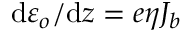
\mathrm { d } \varepsilon _ { o } / \mathrm { d } z = e \eta J _ { b }